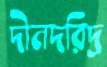
দীনদরিদ্র